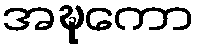
အဍ္ဎကော